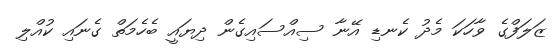
ޒަލަފްގެ ވާހަކަ މެދު ކެނޑި އޭނާ ސިއްސައިގެން ދިޔައީ ބެހެމަތް ގެނައި ކުއްލި